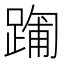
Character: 𮛻